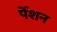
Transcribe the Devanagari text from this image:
पेँशन